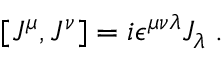
[ J ^ { \mu } , J ^ { \nu } ] = i \epsilon ^ { \mu \nu \lambda } J _ { \lambda } \; .